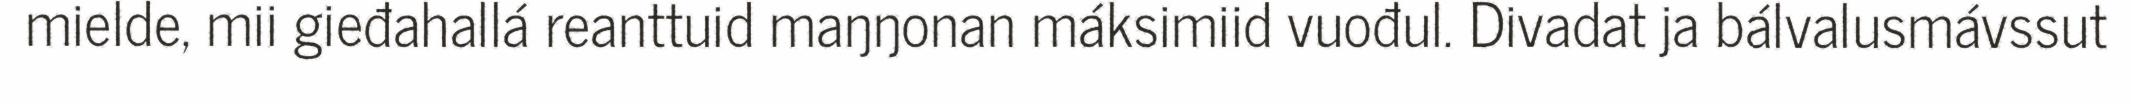
mielde, mii gieđahallá reanttuid maŋŋonan máksimiid vuođul. Divadat ja bálvalusmávssut